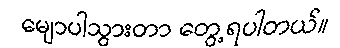
မျောပါသွားတာ တွေ့ရပါတယ်။